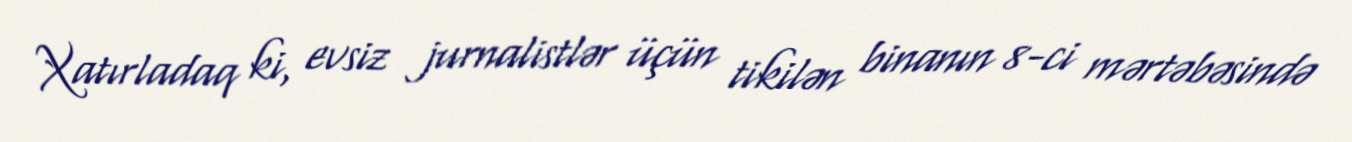
Xatırladaq ki, evsiz jurnalistlər üçün tikilən binanın 8-ci mərtəbəsində